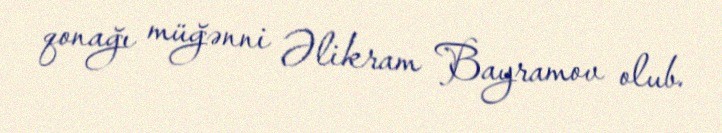
qonağı müğənni Əlikram Bayramov olub.